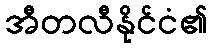
အီတလီနိုင်ငံ၏